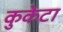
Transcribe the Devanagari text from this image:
कुकेटा